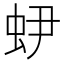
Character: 𧉅